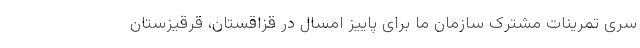
سری تمرینات مشترک سازمان ما برای پاییز امسال در قزاقستان، قرقیزستان